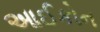
આઈકોન